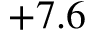
+ 7 . 6